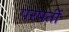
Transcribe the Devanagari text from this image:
परपर्ती